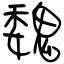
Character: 魏